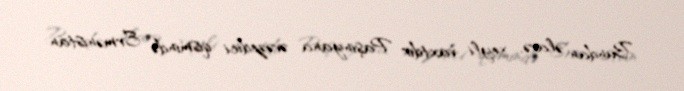
Bundan əlavə, xeyli vaxtdır Paşinyana əvəzedici qismində Ermənistan